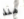
منذ